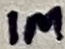
Text: 1M